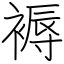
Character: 褥